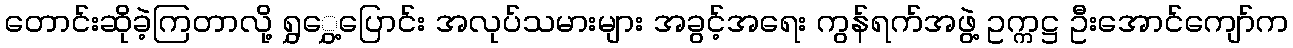
တောင်းဆိုခဲ့ကြတာလို့ ရွှွှေ့ပြောင်း အလုပ်သမားများ အခွင့်အရေး ကွန်ရက်အဖွဲ့ ဥက္ကဋ္ဌ ဦးအောင်ကျော်က